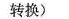
转换)